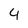
Character: 4